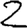
Digit: 2